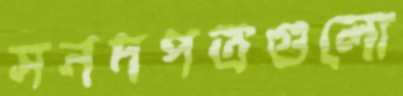
সনদপত্রগুলো